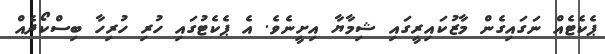
ޕެކެޓެއް ނަގައިގެން މާޒުކައިރީގައި ޝިމާޔާ އިށީނެވެ. އެ ޕެކެޓުގައި ހުރި ހުރިހާ ބިސްކޯދެއް